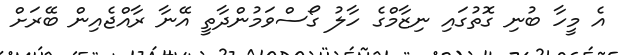
އެ މީހާ ބުނި ގޮތުގައި ނިޒާމްގެ ހާލު ގޯސްވަމުންދާތީ އޭނާ ރާއްޖެއިން ބޭރަށް